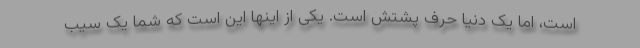
است، اما یک دنیا حرف پشتش است. یکی از اینها این است که شما یک سیب